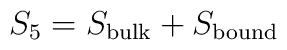
S_5 = S_{\rm bulk}+S_{\rm bound}